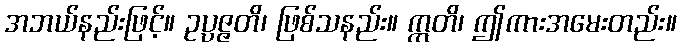
အဘယ်နည်းဖြင့်။ ဥပ္ပဇ္ဇတိ၊ ဖြစ်သနည်း။ ဣတိ၊ ဤကားအမေးတည်း။